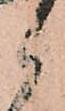
候